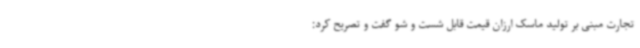
تجارت مبنی بر تولید ماسک ارزان قیمت قابل شست و شو گفت و تصریح کرد: